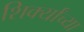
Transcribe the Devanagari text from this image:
शिर्क्यांच्या